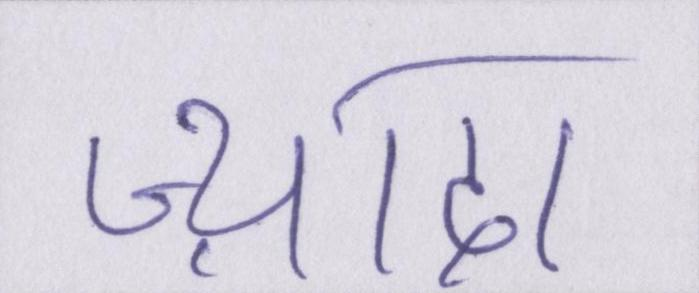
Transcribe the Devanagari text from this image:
ज़्यादा